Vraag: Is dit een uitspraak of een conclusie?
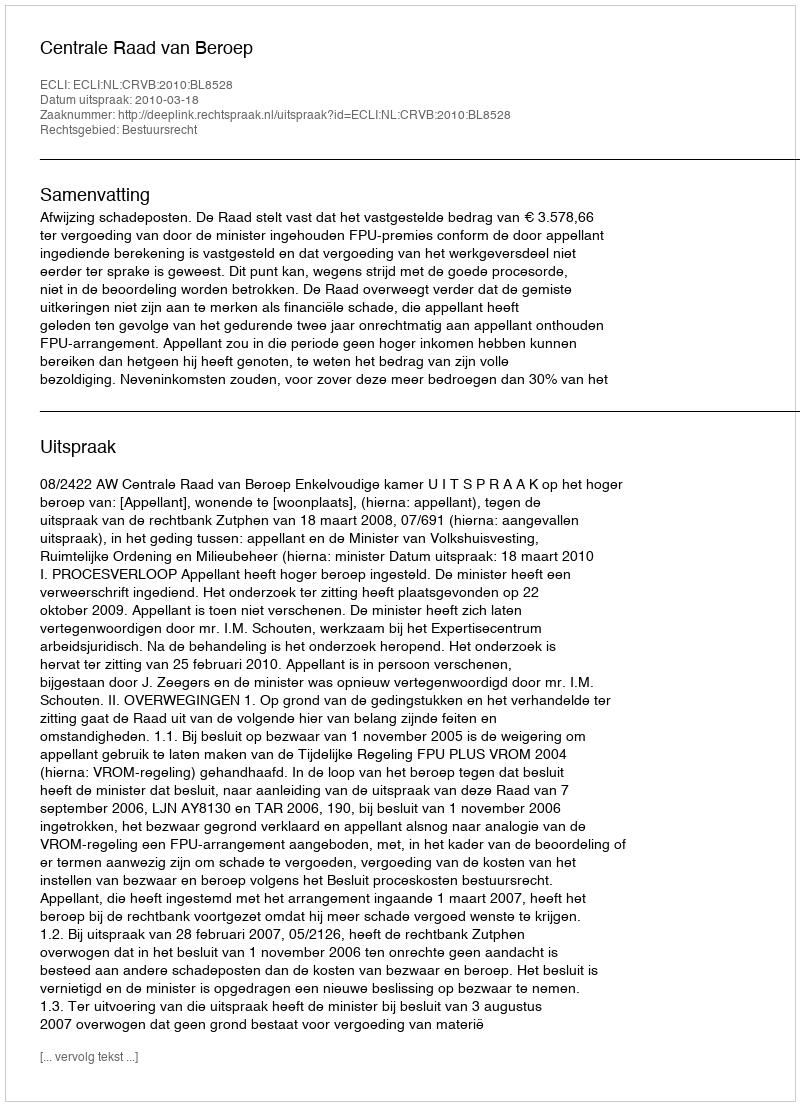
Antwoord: Uitspraak